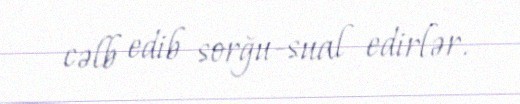
cəlb edib sorğu-sual edirlər.